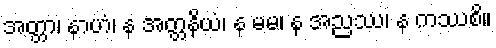
အတ္တာ၊ နာဟံ၊ န အတ္တနိယံ၊ န မမ၊ န အညဿ၊ န ကဿစိ။